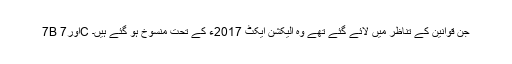
7B اور7C جن قوانین کے تناظر میں لائے گئے تھے وہ الیکشن ایکٹ 2017ء کے تحت منسوخ ہو گئے ہیں۔